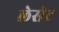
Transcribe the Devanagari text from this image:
लेसेट